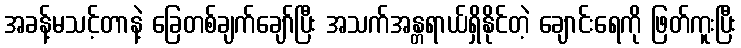
အခန့်မသင့်တာနဲ့ ခြေတစ်ချက်ချော်ပြီး အသက်အန္တရာယ်ရှိနိုင်တဲ့ ချောင်းရေကို ဖြတ်ကူးပြီး